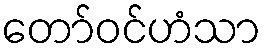
တော်ဝင်ဟံသာ